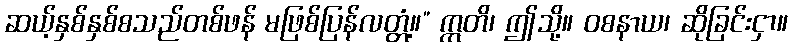
ဆယ့်နှစ်နှစ်စသည်တစ်ဖန် မဖြစ်ပြန်လတ္တံ့။” ဣတိ၊ ဤသို့။ ဝစနာယ၊ ဆိုခြင်းငှာ။